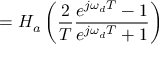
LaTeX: = H _ { a } \left( { \frac { 2 } { T } } { \frac { e ^ { j \omega _ { d } T } - 1 } { e ^ { j \omega _ { d } T } + 1 } } \right)